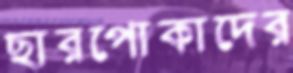
ছারপোকাদের